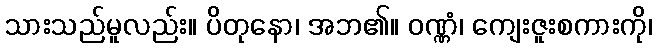
သားသည်မူလည်း။ ပိတုနော၊ အဘ၏။ ဝဏ္ဏံ၊ ကျေးဇူးစကားကို၊